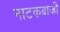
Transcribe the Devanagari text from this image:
नाटकबाजी